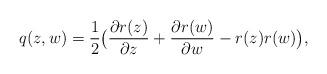
LaTeX: \begin{align*}q(z,w)= \frac{1}{2}\big(\frac{\partial r(z)}{\partial z}+\frac{\partial r(w)}{\partial w}-r(z)r(w)\big),\end{align*}